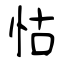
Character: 怙